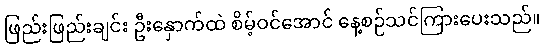
ဖြည်းဖြည်းချင်း ဦးနှောက်ထဲ စိမ့်ဝင်အောင် နေ့စဉ်သင်ကြားပေးသည်။